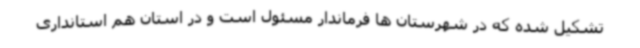
تشکیل شده که در شهرستان ها فرماندار مسئول است و در استان هم استانداری